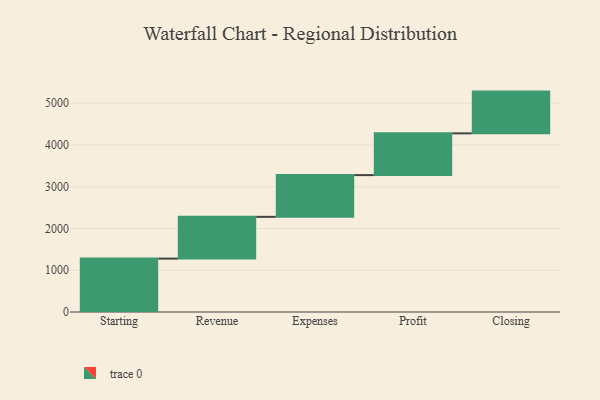
{"axis": {"x": "Step", "y": "Value"}, "legend": [""], "data": [{"x": "Starting", "y": 1279.0, "type": ""}, {"x": "Revenue", "y": 1000, "type": ""}, {"x": "Expenses", "y": 1000, "type": ""}, {"x": "Profit", "y": 1000, "type": ""}, {"x": "Closing", "y": 1000, "type": ""}]}